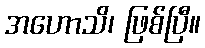
အဟောသိ၊ ဖြစ်ပြီ။